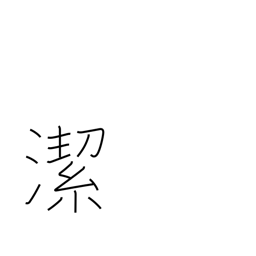
Meaning: pure